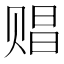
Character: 䞎